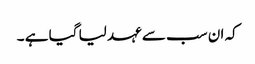
کہ ان سب سے عہد لیا گیا ہے ۔